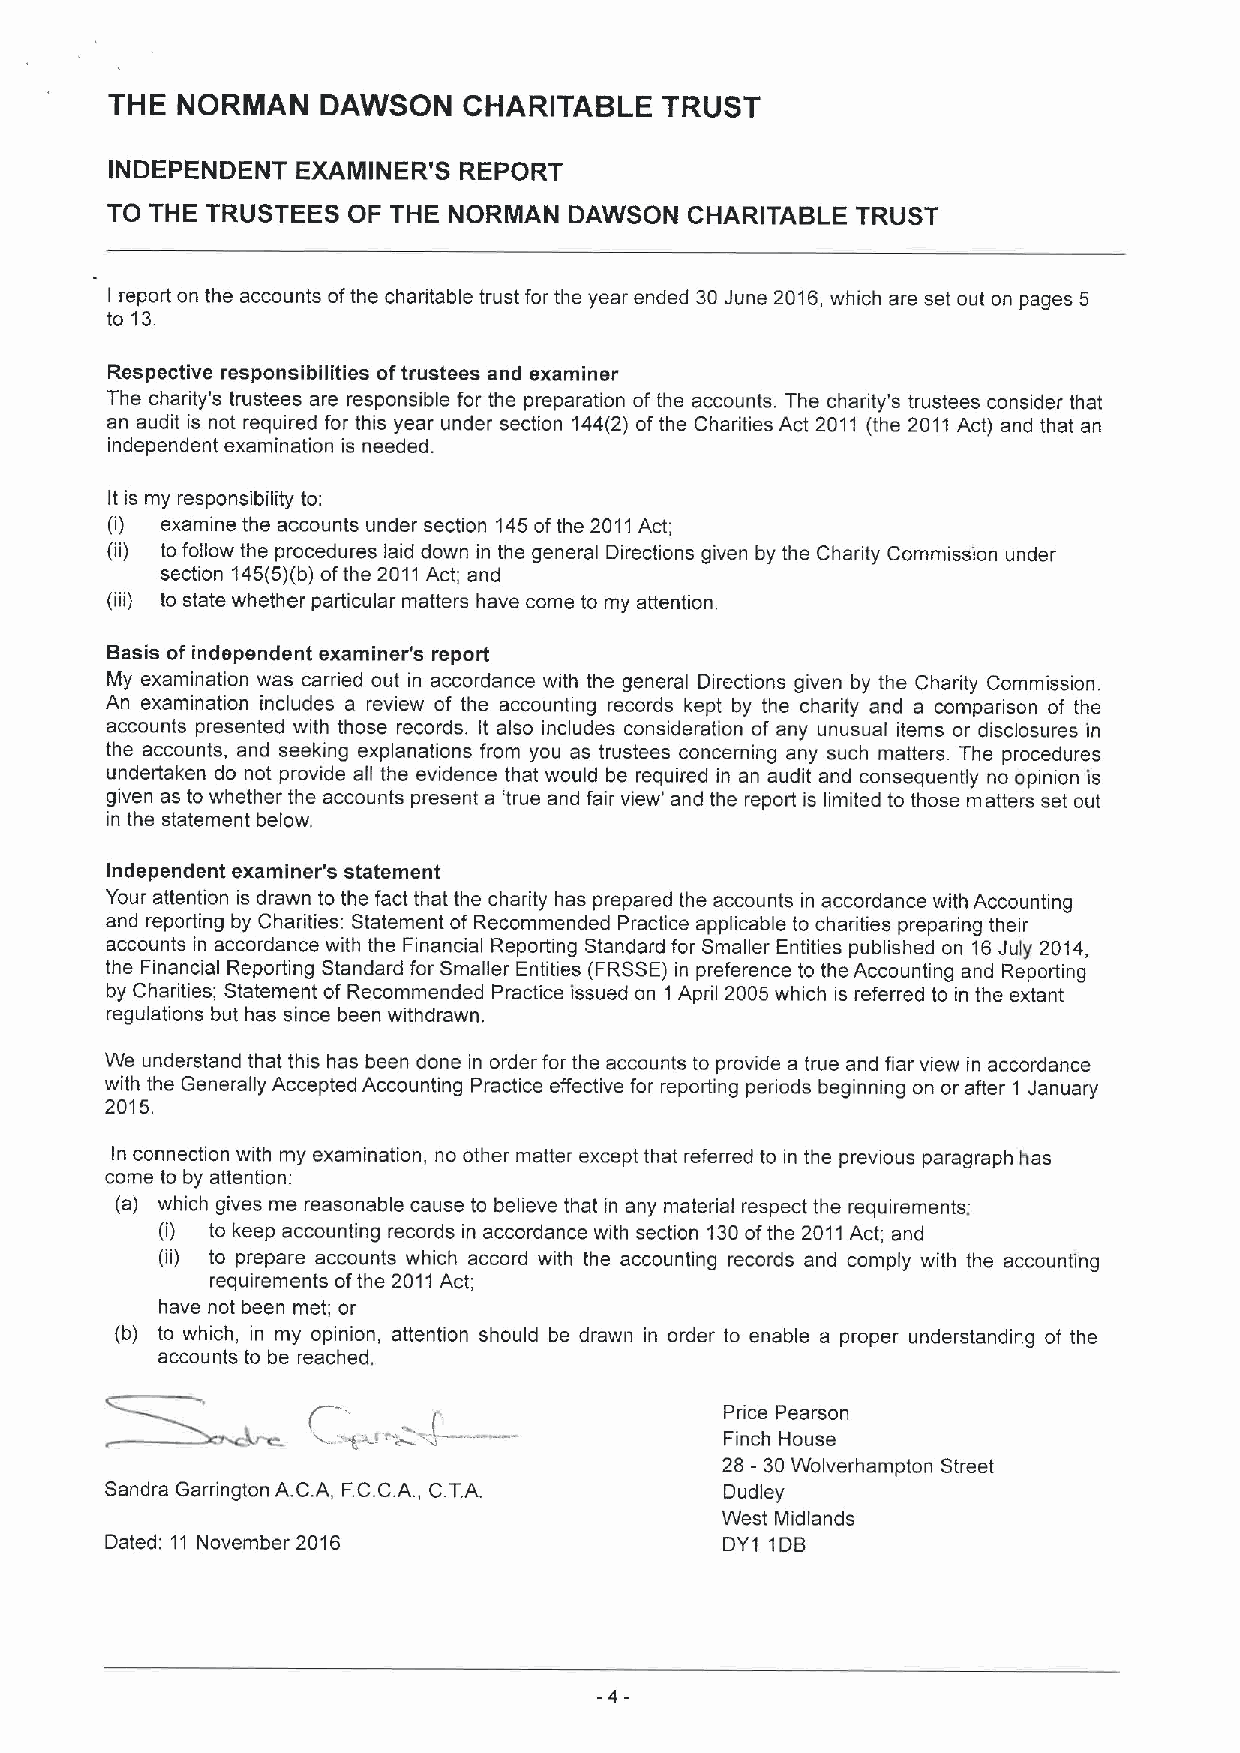
THE  NORMAN   DAWSON    CHARITABLE   TRUST
 INDEPENDENT  EXAMINER'S REPORT
 TO THE TRUSTEES OF THE NORMAN  DAWSON  CHARITABLE TRUST
 I report on the accounts ofthe charitable trust for the year ended 30June 2016,which are set out on pages 5
 to 13.
 Respective responsibilities oftrustees and examiner
 The charity's trustees are responsible for the preparation of the accounts. The charity's trustees consider that
 an audit is not required for this year under section 144(2) of the Charities Act 2011 (the 2011Act) and that an
 independent examination is needed.
 It is my responsibility to:
 (i) examine the accounts under section 145ofthe 2011Act;
 (ii) to follow the procedures laid down in the general Directions given by the Charity Commission under
 section 145(5)(b)ofthe 2011Act; and
 (iii) to state whether particular matters have come to my attention.
 Basis of independent examiner's report
 My examination was carried out in accordance with the general Directions given by the Charity Commission.
 An examination includes a review of the accounting records kept by the charity and a comparison of the
 accounts presented with those records. It also includes consideration of any unusual items or disclosures in
 the accounts, and seeking explanations from you as trustees concerning any such matters The procedures
 undertaken do not provide all the evidence that would be required in an audit and consequently no opinion is
 given as to whether the accounts present a 'true and fair view' and the report is limited to those matters set out
 in the statement below.
 Independent examiner's statement
 Your attention is drawn to the fact that the charity has prepared the accounts in accordance with Accounting
 and reporting by Charities: Statement of Recommended Practice applicable to charities prepai'ing their
 accounts in accordance with the Financial Reporting Standard for Smaller Entities published on 16July 2014,
 the Financial Reporting Standard for Smaller Entities (FRSSE)in preference to the Accounting and Reporting
 by Charities; Statement of Recommended Practice issued on 1 April 2005 which is referred to in the extant
 regulations but has since been withdrawn.
 We understand that this has been done in order for the accounts to provide a true and fiar view in accordance
 with the Generally Accepted Accounting Practice effective for reporting penods beginning on or after 1 January
 2015.
 In connection with my examination, no other matter except that referred to in the previous paragraph has
 come to by attention:
 (a) which gives me reasonable cause to believe that in any material respect the requirements;
 (i) to keep accounting records in accordance with section 130ofthe 2011Act; and
 (ii) to prepare accounts which accord with the accounting records and comply with the accounting
 requirements ofthe 2011Act;
 have not been met; or
 (b) to which, in my opinion, attention should be drawn in order to enable a proper understanding of the
 accounts to be reached.
 Price Pearson
 Finch House
 28 —30Wolverhampton Street
 Sandra Garrington A.CA, FC.CA. , C.TA.   Dudley
 West Midlands
 Dated: 11 November 2016                  DY1 1DB